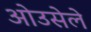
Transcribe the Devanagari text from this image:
ओउसेले